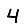
Digit: 4